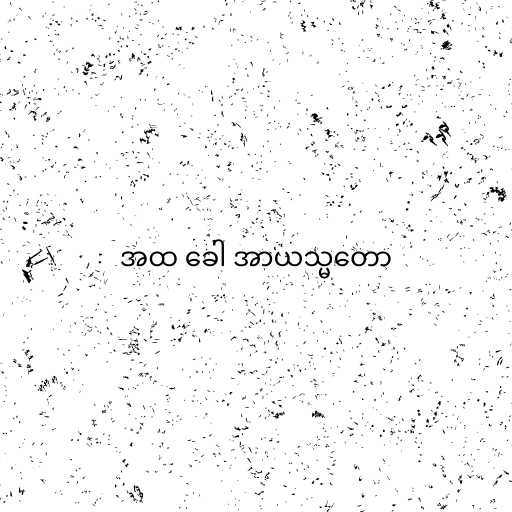
အထ ခေါ အာယသ္မတော